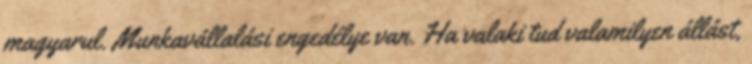
magyarul. Munkavállalási engedélye van. Ha valaki tud valamilyen állást,